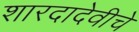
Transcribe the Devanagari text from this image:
शारदादेवीचे